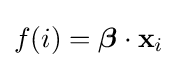
f(i)={\boldsymbol {\beta }}\cdot \mathbf {x} _{i}